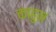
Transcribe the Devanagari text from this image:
काहुन